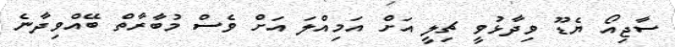
ސާޖިއޯ ޔެޑޫ ވިދާޅުވީ ޗިލީ އަށް އަމިއްލަ އަށް ވެސް މުބާރާތް ބޭއްވިދާނެ